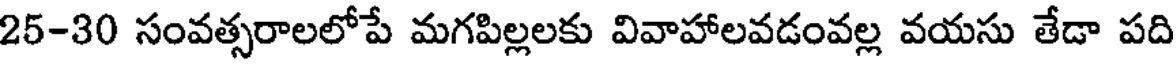
25-30 సంవత్సరాలలోపే మగపిల్లలకు వివాహాలవడంవల్ల వయసు తేడా పది